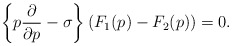
\begin{align*}\left\{p\frac{\partial}{\partial p}-\sigma\right\}\left(F_1(p)-F_2(p)\right)=0.\end{align*}